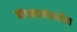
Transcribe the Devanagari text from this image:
बांधकामांकरीता